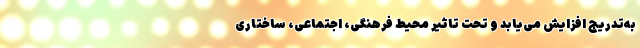
به‌تدریج افزایش می‌یابد و تحت تاثیر محیط فرهنگی، اجتماعی، ساختاری